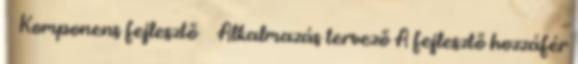
 Komponens fejlesztő  Alkalmazás tervező A fejlesztő hozzáfér